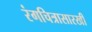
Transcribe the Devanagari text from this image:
रंगचित्रासारखी